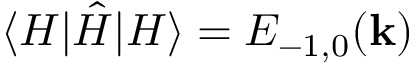
\langle H | \hat { H } | H \rangle = E _ { - 1 , 0 } ( \mathbf { k } )